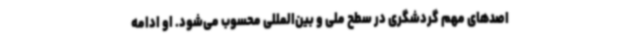
اصدهای مهم گردشگری در سطح ملی و بین‌المللی محسوب می‌شود. او ادامه